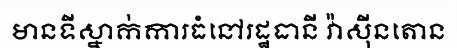
មានទីស្នាក់ការធំនៅរដ្ឋធានី វ៉ាស៊ីនតោន